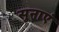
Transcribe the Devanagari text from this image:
सुनाएं